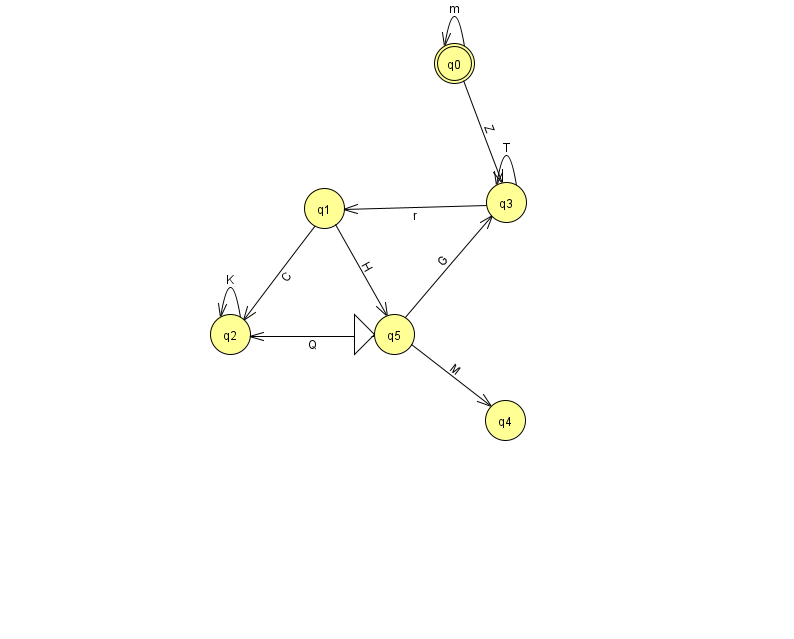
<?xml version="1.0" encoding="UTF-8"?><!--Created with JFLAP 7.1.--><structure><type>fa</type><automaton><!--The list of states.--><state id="0" name="q0"><x>454.0</x><y>50.0</y><final/></state><state id="1" name="q1"><x>324.0</x><y>195.0</y></state><state id="2" name="q2"><x>230.0</x><y>321.0</y></state><state id="3" name="q3"><x>506.0</x><y>189.0</y></state><state id="4" name="q4"><x>505.0</x><y>407.0</y></state><state id="5" name="q5"><x>394.0</x><y>321.0</y><initial/></state><!--The list of transitions.--><transition><from>1</from><to>2</to><read>C</read></transition><transition><from>0</from><to>3</to><read>Z</read></transition><transition><from>3</from><to>3</to><read>T</read></transition><transition><from>5</from><to>2</to><read>Q</read></transition><transition><from>5</from><to>3</to><read>G</read></transition><transition><from>5</from><to>4</to><read>M</read></transition><transition><from>3</from><to>1</to><read>r</read></transition><transition><from>2</from><to>2</to><read>K</read></transition><transition><from>0</from><to>0</to><read>m</read></transition><transition><from>1</from><to>5</to><read>H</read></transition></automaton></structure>